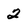
Character: 2